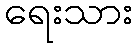
ရေးသား